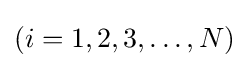
(i=1,2,3,\ldots ,N)